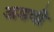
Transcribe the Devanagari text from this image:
अडवी